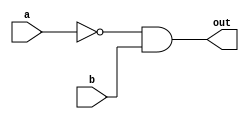
`timescale 1ns/1ps

module Lt_1bit (out, a, b);

input a;
input b;
output out;

wire a_n;

not not0 (a_n, a);
and and0 (out, a_n, b);

endmodule